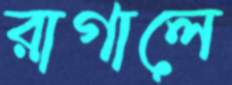
রাগালে